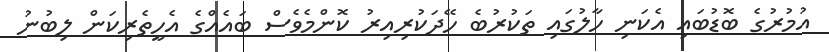
އުމުރުގެ ބޮޑުބައި އެކަނި ހާލުގައި ތަކުރުބެ ހޭދަކުރިއިރު ކޮންމެވެސް ބައެއްގެ އެހީތެރިކަން ލިބުނު